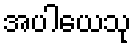
အပါယေသု